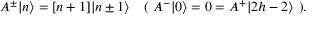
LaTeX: A ^ { \pm } \vert n \rangle = [ n + 1 ] \vert n \pm 1 \rangle \ \ \ ( \ A ^ { - } \vert 0 \rangle = 0 = A ^ { + } \vert 2 h - 2 \rangle \ ) .